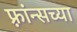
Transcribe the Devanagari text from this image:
फ़्रांन्सच्या